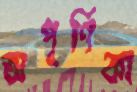
অপূর্ণিকা